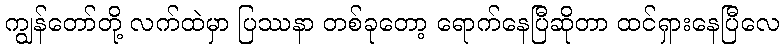
ကျွန်တော်တို့ လက်ထဲမှာ ပြဿနာ တစ်ခုတော့ ရောက်နေပြီဆိုတာ ထင်ရှားနေပြီလေ